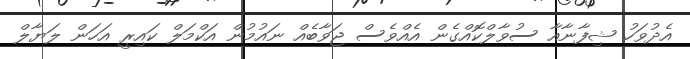
އެދުވަހު ޝިފާނާއާ ސުވާލްކޮއްގެން އެއްވެސް ޖަވާބެއް ނައުމުން އަކްމަލް ކައިރީ އަހަން ލަޔާލް